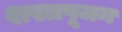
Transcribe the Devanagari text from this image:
शस्त्रपूजन